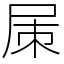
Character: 㞖